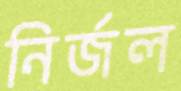
নির্জল